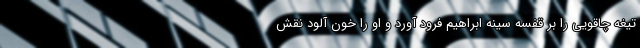
تیغه چاقویی را بر قفسه سینه ابراهیم فرود آورد و او را خون آلود نقش